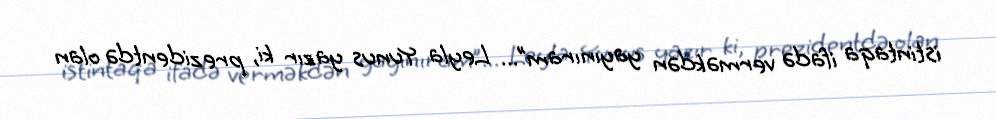
istintaqa ifadə verməkdən yayınıram”... Leyla Yunus yazır ki, prezidentdə olan